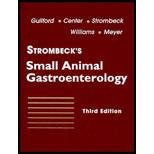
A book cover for Strombeck's Small Animal Gastroenterology, 3e; W. Grant Guilford BVSc  PhD  FACVSc; Medical Books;